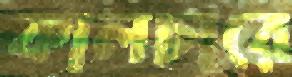
কালচারে